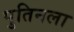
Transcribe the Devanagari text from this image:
पुतिनला